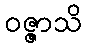
ဝဇ္ဇာသိ